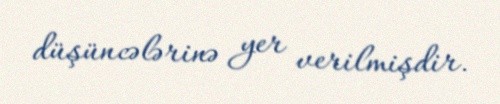
düşüncələrinə yer verilmişdir.